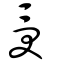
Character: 受